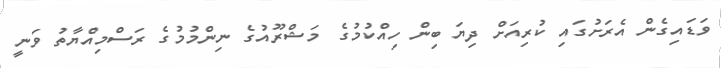
ވަޑައިގެން އެރަށުގައި ކުރިއަށް ދިޔަ ބިން ހިއްކުމުގެ މަޝްރޫއުގެ ނިންމުމުގެ ރަސްމިއްޔާތު ވަނީ